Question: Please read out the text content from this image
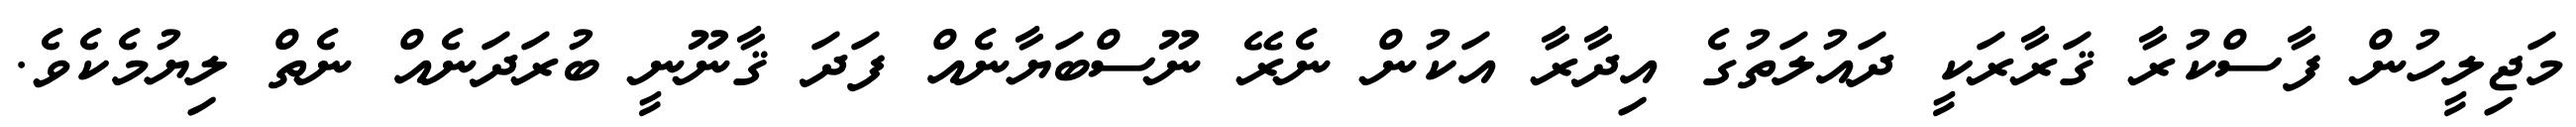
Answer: މަޖިލީހުން ފާސްކުރާ ޤަރާރަކީ ދައުލަތުގެ އިދާރާ އަކުން ނެރޭ ނޫސްބަޔާނެއް ފަދަ ޤާނޫނީ ބުރަދަނެއް ނެތް ލިޔުމެކެވެ.